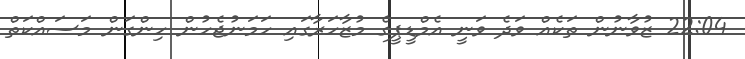
22:04 ޒުވާނުން ތަކެއް ވަދެ ވަނީ އެމްޑީޕީގެ މުޒާހަރާގައި ހަމަނުޖެހުން ހިންގަން މަސައްކަތް